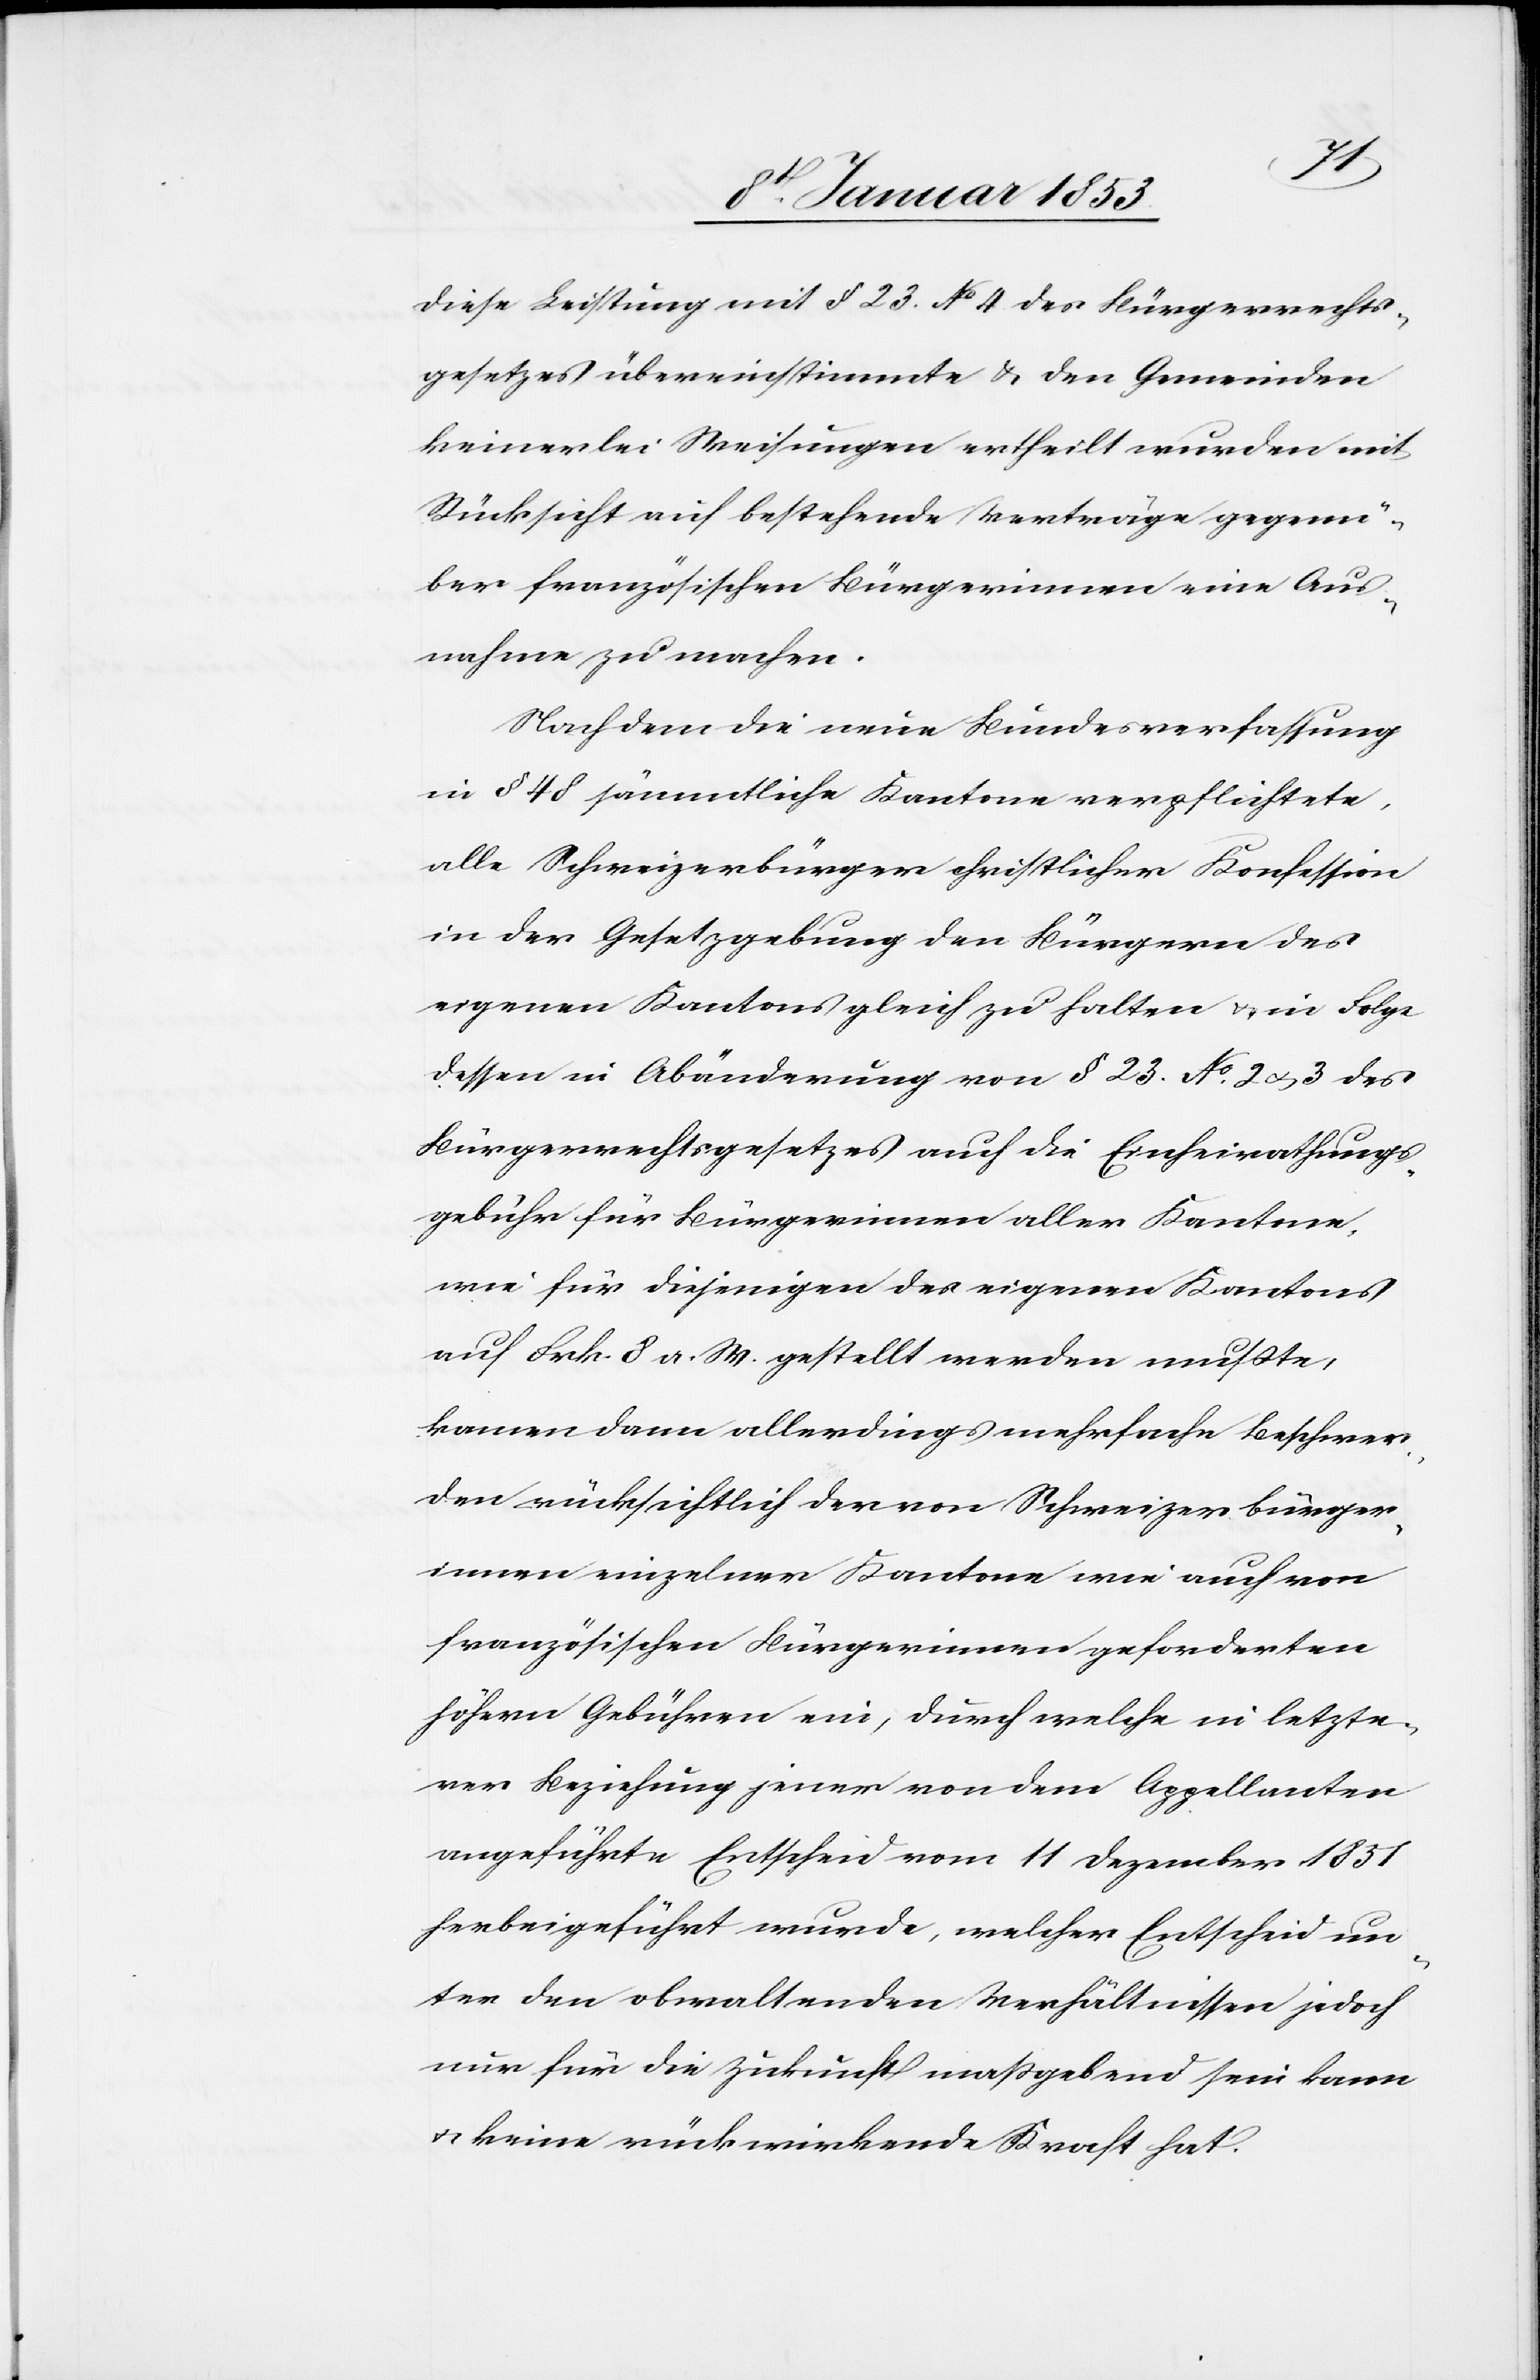
diese Leistung mit §. 23. No. 4 des Bürgerrechts¬
gesetzes übereinstimmte u. den Gemeinden
keinerlei Weisungen ertheilt wurden mit
Rücksicht auf bestehende Verträge gegenü¬
ber französischen Bürgerinnen eine Aus¬
nahme zu machen.
Nachdem die neue Bundesverfaßung
in §. 48 sämmtliche Kantone verpflichtete,
alle Schweizerbürger christlicher Konfession
in der Gesetzgebung den Bürgern des
eigenen Kantons gleich zu halten u. in Folge
dessen in Abänderung von §. 23 No. 2 u. 3 des
Bürgerrechtsgesetzes auch die Einheirathungs¬
gebühr für Bürgerinnen aller Kantone,
wie für diejenigen des eigenen Kantons
auf Frk. 8 a. W. gestellt werden mußte,
kamen dann allerdings mehrfache Beschwer¬
den rücksichtlich der von Schweizerbürger¬
innen einzelner Kantone wie auch von
französischen Bürgerinnen gesonderten
höhern Gebühren ein, durch welche in letzte¬
rer Beziehung jener von dem Appellanten
angeführte Entscheid vom 11 Dezember 1831
herbeigeführt wurde, welcher Entscheid un¬
ter den obwaltenden Verhältnissen jedoch
nur für die Zukunft maßgebend sein kann
u. keine rückwirkende Kraft hat.